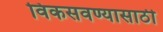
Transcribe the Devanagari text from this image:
विकसवण्यासाठी